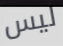
ليس